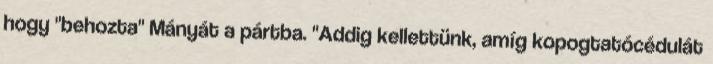
hogy "behozta" Mányát a pártba. "Addig kellettünk, amíg kopogtatócédulát